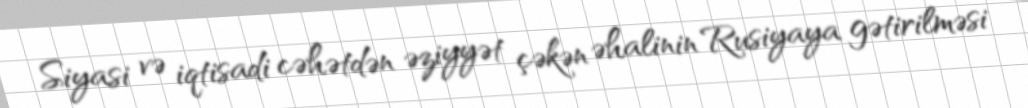
Siyasi və iqtisadi cəhətdən əziyyət çəkən əhalinin Rusiyaya gətirilməsi